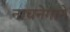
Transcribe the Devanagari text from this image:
नाचनेगाने